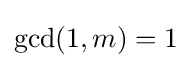
\gcd(1,m)=1